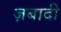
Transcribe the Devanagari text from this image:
ज़बादी